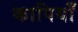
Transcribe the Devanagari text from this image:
कापियाँ